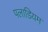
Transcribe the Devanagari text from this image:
पलाडियम